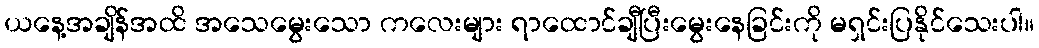
ယနေ့အချိန်အထိ အသေမွေးသော ကလေးများ ရာထောင်ချီပြီးမွေးနေခြင်းကို မရှင်းပြနိုင်သေးပါ။